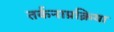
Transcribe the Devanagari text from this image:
तर्कनाप्रक्रिया